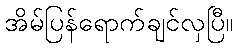
အိမ်ပြန်ရောက်ချင်လှပြီ။